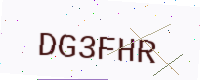
Text: DG3FHR